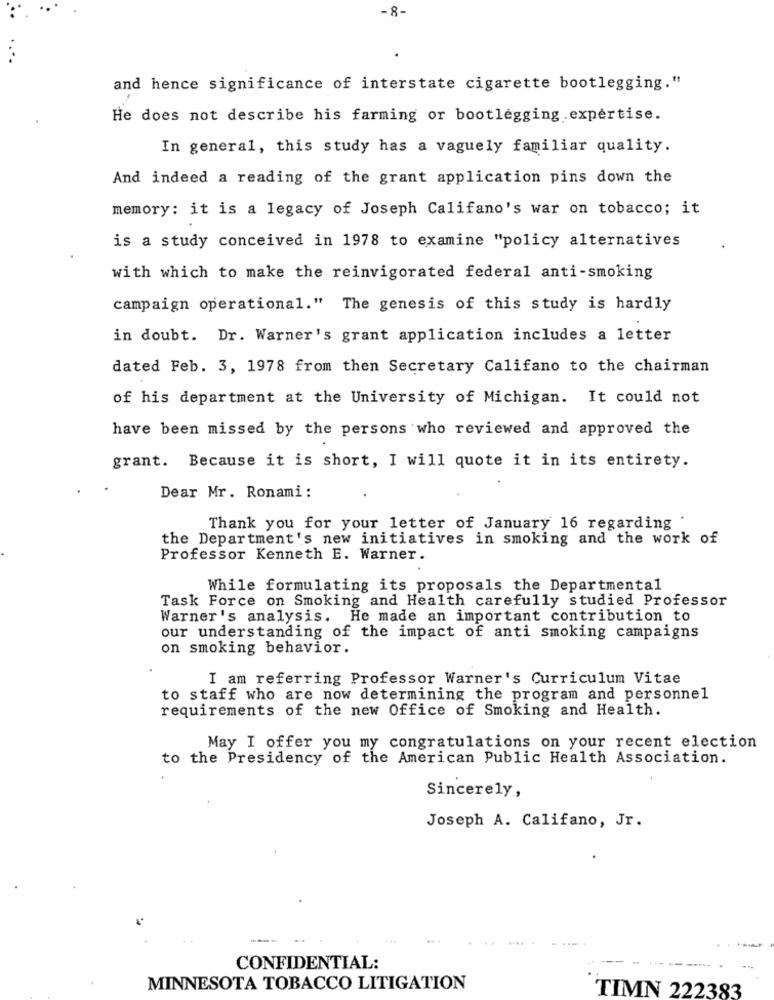
-8-
and hence significance of interstate cigarette bootlegging."
He does not describe his farming or bootlegging expertise.
In general, this study has a vaguely familiar quality.
And indeed a reading of the grant application pins down the
memory: it is a legacy of Joseph Califano's war on tobacco; it
is a study conceived in 1978 to examine "policy alternatives
with which to make the reinvigorated federal anti-smoking
campaign operational." The genesis of this study is hardly
in doubt. Dr. Warner's grant application includes a letter
dated Feb. 3, 1978 from then Secretary Califano to the chairman
of his department at the University of Michigan. It could not
have been missed by the persons who reviewed and approved the
grant. Because it is short, I will quote it in its entirety.
Dear Mr. Ronami :
Thank you for your letter of January 16 regarding .
the Department's new initiatives in smoking and the work of
Professor Kenneth E. Warner.
While formulating its proposals the Departmental
Task Force on Smoking and Health carefully studied Professor
Warner's analysis. He made an important contribution to
our understanding of the impact of anti smoking campaigns
on smoking behavior.
I am referring Professor Warner's Curriculum Vitae
to staff who are now determining the program and personnel
requirements of the new Office of Smoking and Health.
May I offer you my congratulations on your recent election
to the Presidency of the American Public Health Association.
Sincerely,
Joseph A. Califano, Jr.
...
CONFIDENTIAL:
MINNESOTA TOBACCO LITIGATION
TIMN 222383